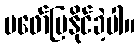
မဖော်ပြနိုင်ခဲ့ပါ။